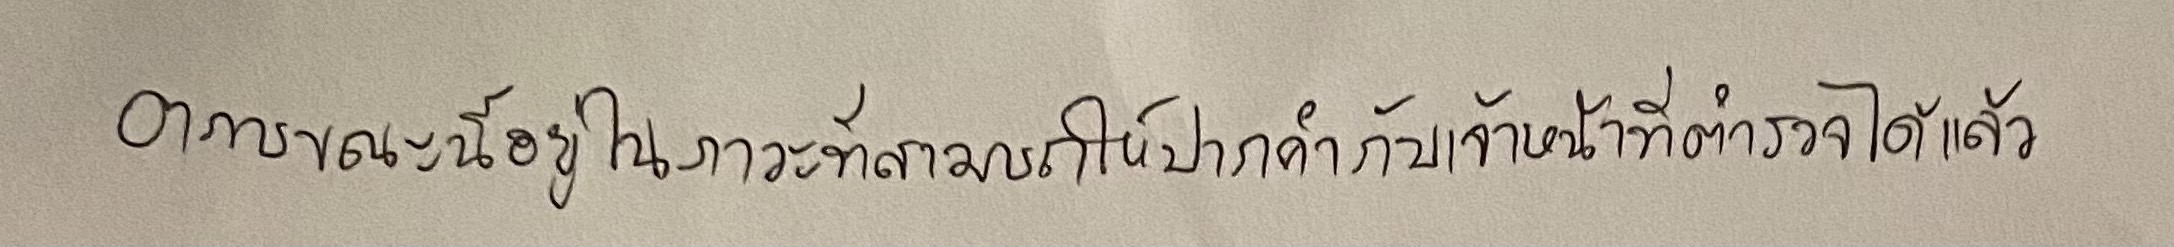
อาการขณะนี้อยู่ในภาวะที่สามารถให้ปากคำกับเจ้าหน้าที่ตำรวจได้แล้ว